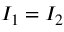
I _ { 1 } = I _ { 2 }